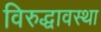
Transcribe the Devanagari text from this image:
विरुद्धावस्था